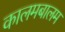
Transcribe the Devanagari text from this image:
कालमबालम